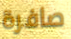
صافرة